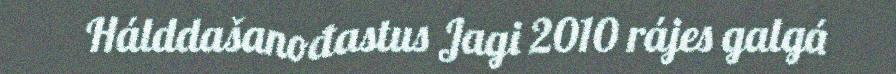
Hálddašanođastus Jagi 2010 rájes galgá